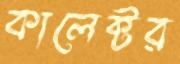
কালেক্টর